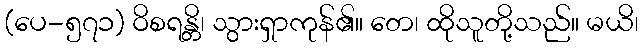
(ပေ-၅၇၁) ဝိစရန္တိ၊ သွားရှာကုန်၏။ တေ၊ ထိုသူတို့သည်။ မယိ၊